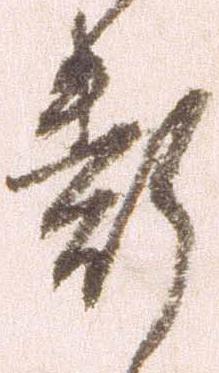
断